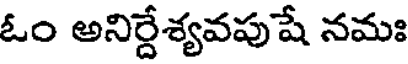
ఓం అనిర్దేశ్యవపుషే నమః